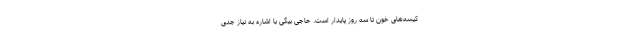
کیسه‌های خون تا سه روز پایدار است. حاجی بیگی با اشاره به نیاز جدی